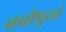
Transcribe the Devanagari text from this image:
चवीपुरतं